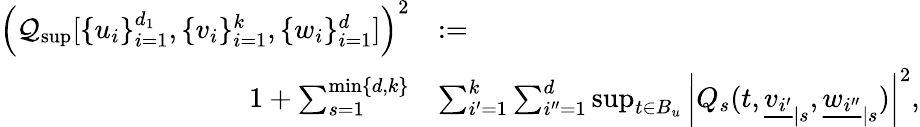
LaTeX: \begin{array}{rl}{\left(\mathcal{Q}_{\operatorname*{sup}}[\{ u_{i}\} _{i=1}^{d_{1}},\{ v_{i}\} _{i=1}^{k},\{ w_{i}\} _{i=1}^{d}]\right)^{2}}&{:=}\\ {1+\sum_{s=1}^{\operatorname*{min}\{ d,k\} }}&{\sum_{i^{\prime}=1}^{k}\sum_{i^{\prime\prime}=1}^{d}\operatorname*{sup}_{t\in B_{u}}\left|Q_{s}(t,{\underline{{v_{i^{\prime}}}}}_{|s},{\underline{{w_{i^{\prime\prime}}}}}_{|s})\right|^{2},}\end{array}